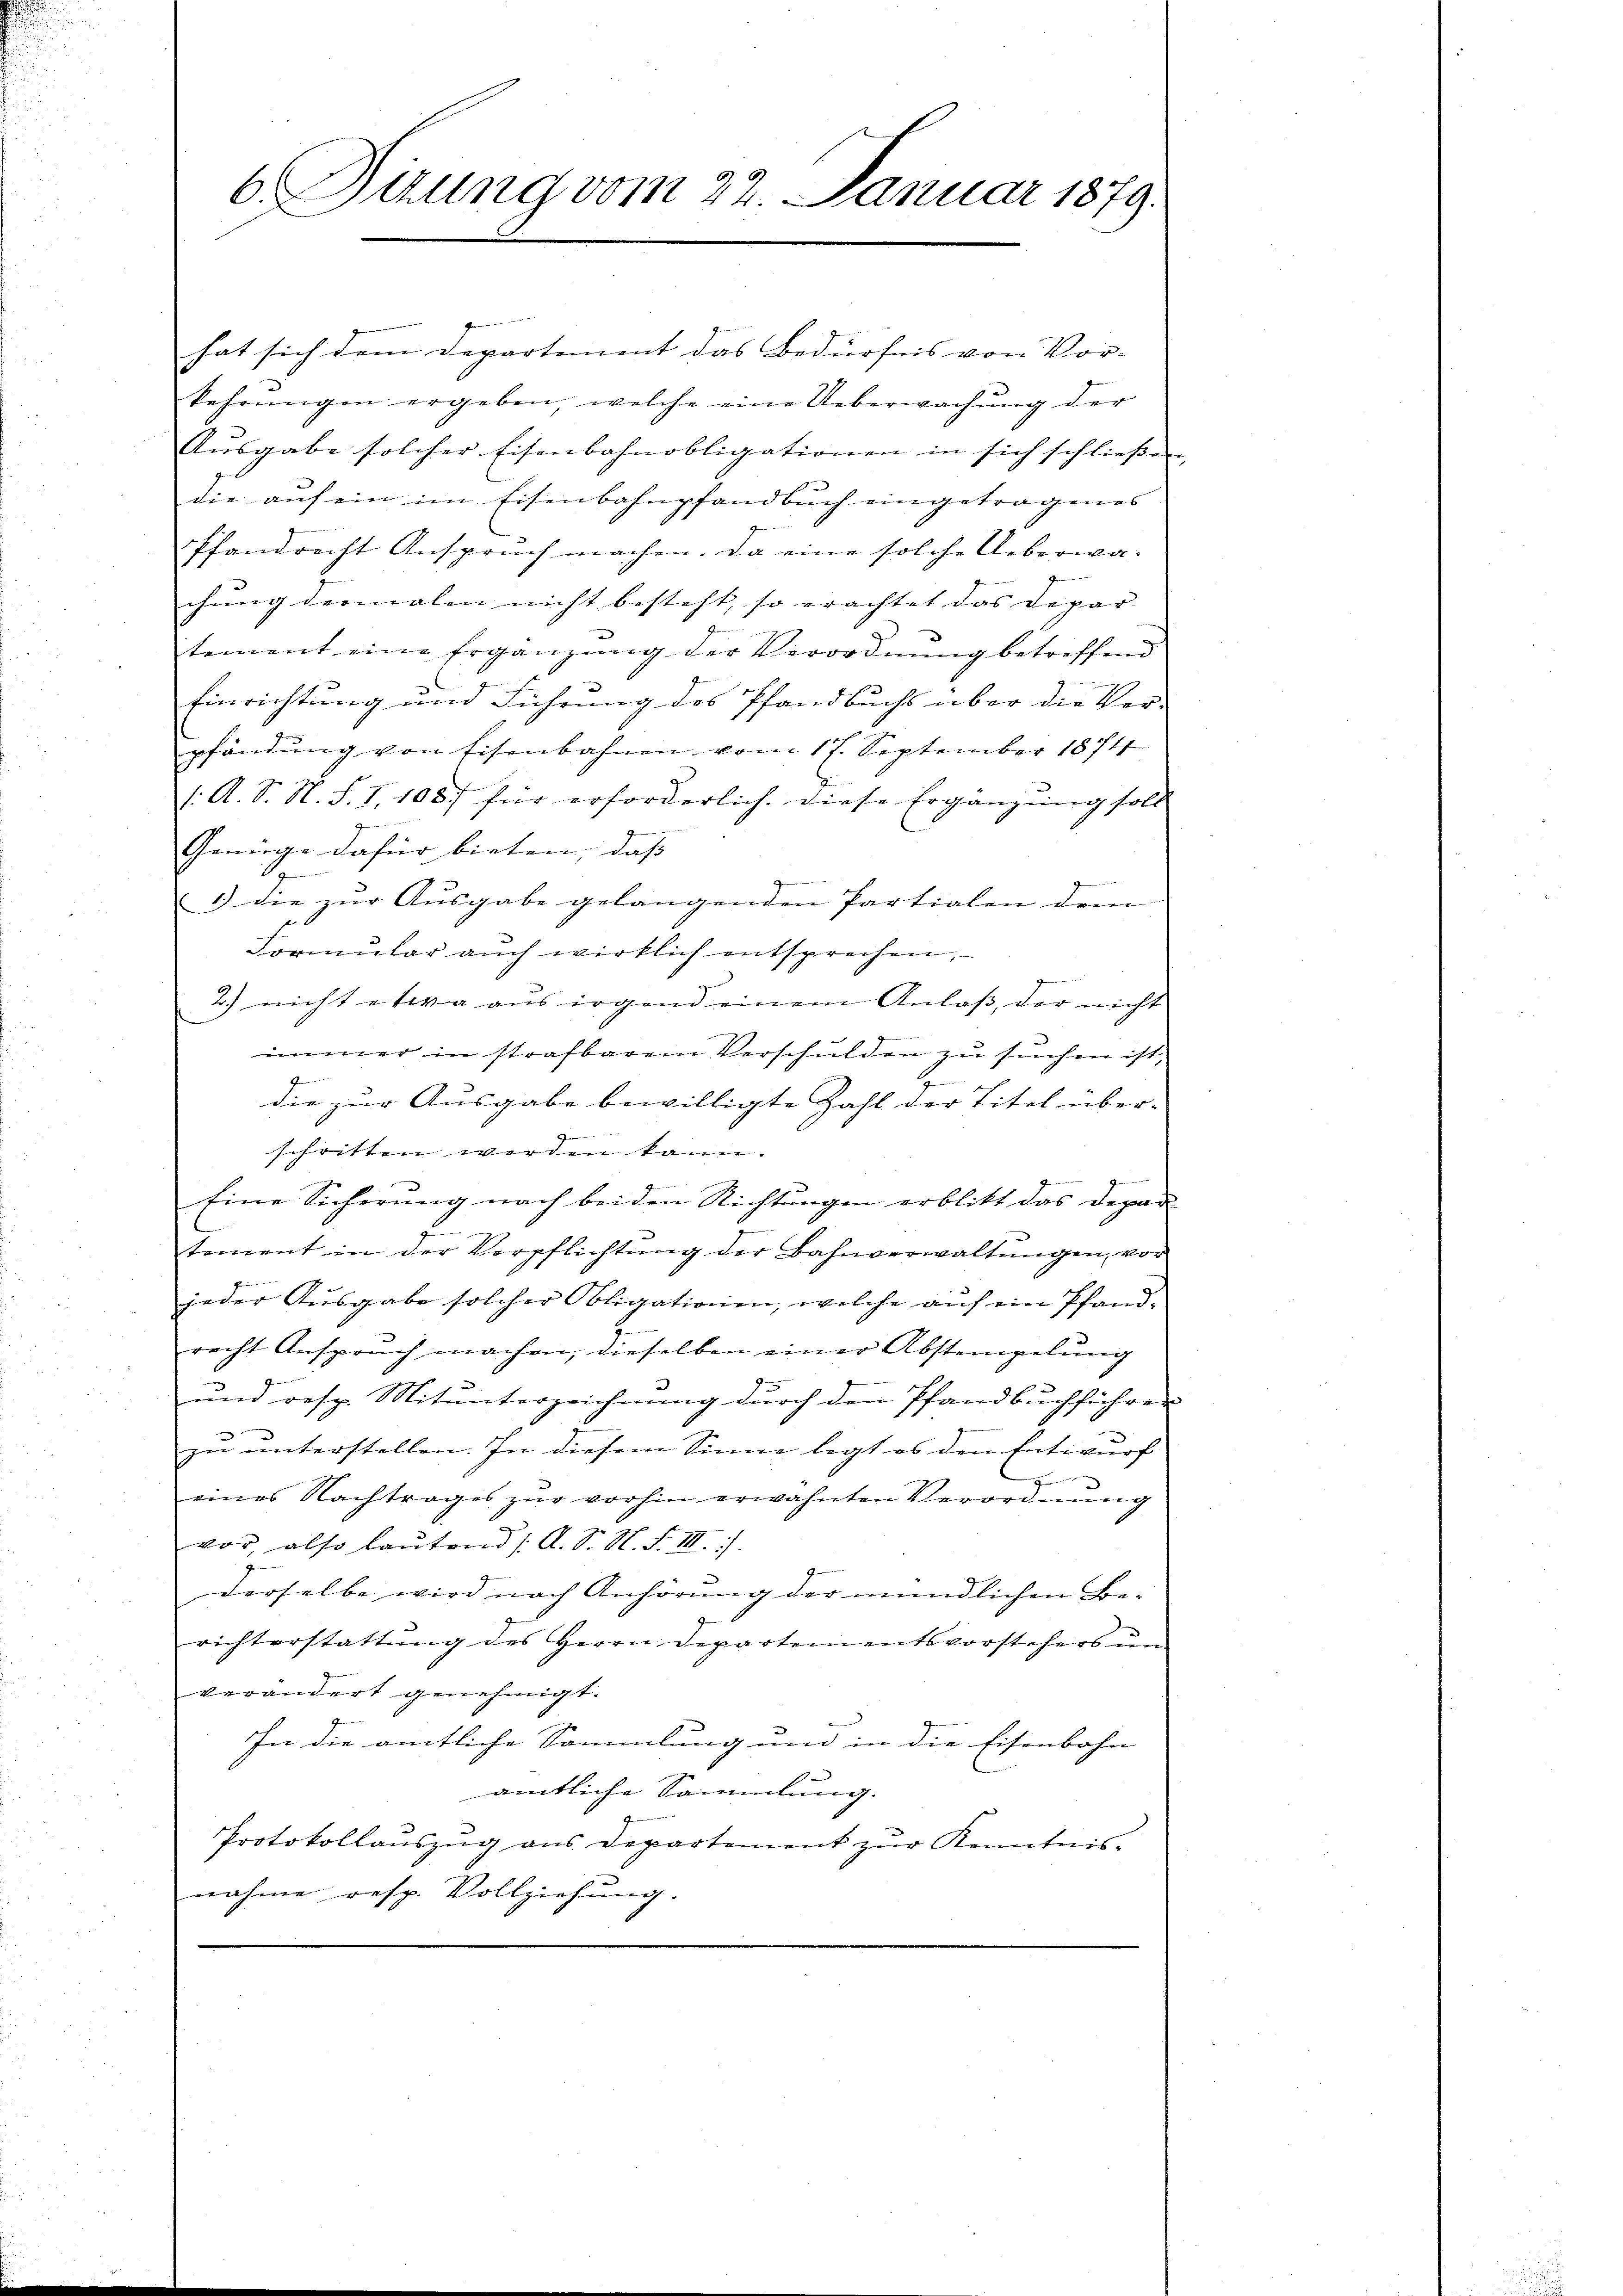
6. Sizung vom 22. Januar 1879.

hat sich dem Departement das Bedürfnis von Vor- |
kahrŭngen ergeben, welche eine Ueberwachŭng der
Ausgabe solcher Eisenbahnobligationen in sich schließen,
f
die auf ein im Eisenbahnpfandbuch eingetragenes
Pfandrecht Anspruch machen. Da eine solche Ueberwachung dermalen nicht besteht, so erachtet das Depar-
tement eine Ergänzung der Verordnung betreffend
7
Einrichtung und Führung des Pfandbuchs über die Ver-
pfändung von Eisenbahnen vom 17. September 1874
1: A. S. St. S. 1. 108. für erforderlich. Diese Ergänzŭng soll
ge
Genüge dafür bieten, daß
1) die zur Ausgabe gelangenden Partialen dem
E
Formular auch wirklich entsprechen,
2.) nicht etwa aus irgend einem Anlaß, der nicht
immer in strafbarem Verschulden zu suchen ist,
Gemein
die zur Ausgabe bewilligte Zahl der Titel über-
schritten werden kann.
Eine Sicherung nach beiden Richtungen erblitt das Depar-
tement in der Verpflichtŭng der Bahnverwaltŭngen, vor
jeder Ausgabe solcher Obligationen, welche auf ein Pfand-
recht Anspruch machen, dieselben einer Abstempelung
und resp. Mitunterzeichnung durch den Pfandbuchführen

zu unterstellen. In diesem Sinne legt es den Entwurf
g
eines Nachtrages zur vorhin erwähnten Verordnung
vor, also laŭtend /: A. S. N. F. III.
derselbe wird nach Anhörung der mündlichen Berichterstattung des Herrn Departementsvorstehers un
verändert genehmigt.
In die amtliche Sammlung und in die Eisenbahn
amtliche Sammlung.
Protokollauszug aus Departement zur Kenntnisnahme resp. Vollziehung.